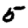
Digit: 5